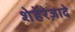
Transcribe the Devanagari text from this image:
शेहेरेज़ादे